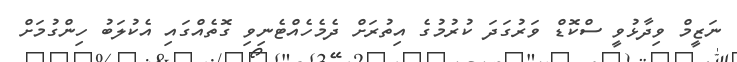
ނަޒީމް ވިދާޅުވީ ސްކޮޑް ވަރުގަދަ ކުރުމުގެ އިތުރަށް ދެމެހެއްޓެނިވި ގޮތެއްގައި އެކުލަބު ހިންގުމަށް